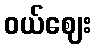
ဝယ်ဈေး